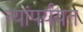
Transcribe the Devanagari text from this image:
त्यांपर्यंयत